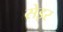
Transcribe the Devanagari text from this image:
सेइर